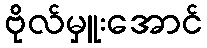
ဗိုလ်မှူးအောင်